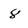
Character: 8